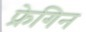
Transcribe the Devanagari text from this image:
फ्रेगिन